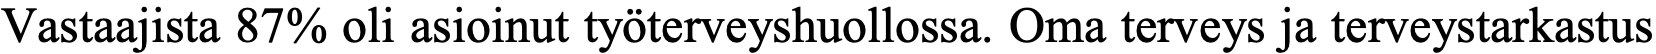
Vastaajista 87% oli asioinut työterveyshuollossa. Oma terveys ja terveystarkastus